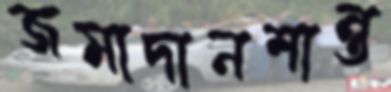
জমাদানশান্ত